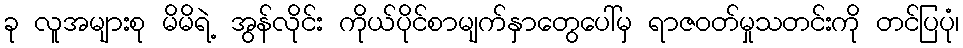
ခု လူအများစု မိမိရဲ့ အွန်လိုင်း ကိုယ်ပိုင်စာမျက်နှာတွေပေါ်မှ ရာဇဝတ်မှုသတင်းကို တင်ပြပုံ၊